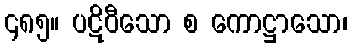
၄၈၅။ ပဋိဝီသော စ ကောဋ္ဌာသော၊